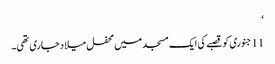
‘
11 جنوری کو قصبے کی ایک مسجد میں محفل میلاد جاری تھی۔